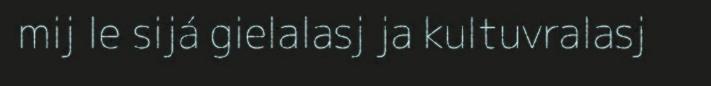
mij le sijá gielalasj ja kultuvralasj